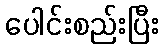
ပေါင်းစည်းပြီး